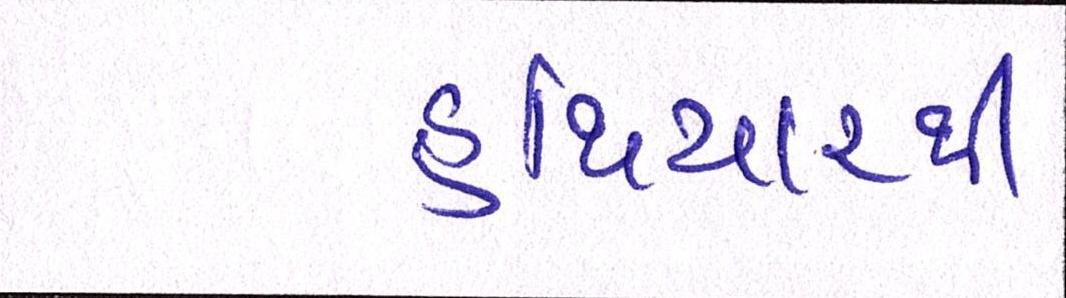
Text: હથિયારથી